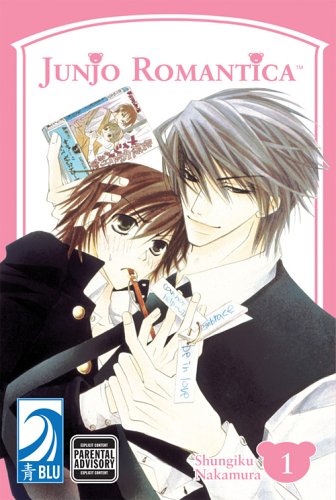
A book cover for JUNJO ROMANTICA Volume 1: (Yaoi) (v. 1); Shungiku Nakamura; Comics & Graphic Novels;